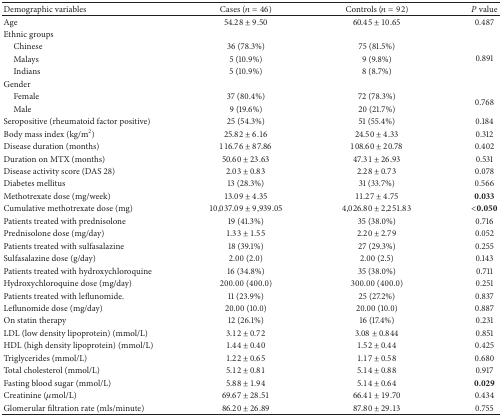
<table><thead><tr><td><b>Demographic variables</b></td><td><b>Cases (<i>n</i> = 46)</b></td><td><b>Controls (<i>n</i> = 92)</b></td><td><b><i>P</i> value</b></td></tr></thead><tbody><tr><td>Age</td><td>54.28 ± 9.50</td><td>60.45 ± 10.65</td><td>0.487</td></tr><tr><td>Ethnic groups</td><td> </td><td> </td><td> </td></tr><tr><td> Chinese</td><td>36 (78.3%)</td><td>75 (81.5%)</td><td rowspan="3">0.891</td></tr><tr><td> Malays</td><td>5 (10.9%)</td><td>9 (9.8%)</td></tr><tr><td> Indians</td><td>5 (10.9%)</td><td>8 (8.7%)</td></tr><tr><td>Gender</td><td> </td><td> </td><td> </td></tr><tr><td> Female</td><td>37 (80.4%)</td><td>72 (78.3%)</td><td rowspan="2">0.768</td></tr><tr><td> Male</td><td>9 (19.6%)</td><td>20 (21.7%)</td></tr><tr><td>Seropositive (rheumatoid factor positive)</td><td>25 (54.3%)</td><td>51 (55.4%)</td><td>0.184</td></tr><tr><td>Body mass index (kg/m<sup>2</sup>)</td><td>25.82 ± 6.16</td><td>24.50 ± 4.33</td><td>0.312</td></tr><tr><td>Disease duration (months)</td><td>116.76 ± 87.86</td><td>108.60 ± 20.78</td><td>0.402</td></tr><tr><td>Duration on MTX (months)</td><td>50.60 ± 23.63</td><td>47.31 ± 26.93</td><td>0.531</td></tr><tr><td>Disease activity score (DAS 28)</td><td>2.03 ± 0.83</td><td>2.28 ± 0.73</td><td>0.078</td></tr><tr><td>Diabetes mellitus</td><td>13 (28.3%)</td><td>31 (33.7%)</td><td>0.566</td></tr><tr><td>Methotrexate dose (mg/week)</td><td>13.09 ± 4.35</td><td>11.27 ± 4.75</td><td><b>0.033</b></td></tr><tr><td>Cumulative methotrexate dose (mg)</td><td>10,037.09 ± 9,939.05</td><td>4,026.80 ± 2,251.83</td><td><b>&lt;0.050</b></td></tr><tr><td>Patients treated with prednisolone</td><td>19 (41.3%)</td><td>35 (38.0%)</td><td>0.716</td></tr><tr><td>Prednisolone dose (mg/day)</td><td>1.33 ± 1.55</td><td>2.20 ± 2.79</td><td>0.052</td></tr><tr><td>Patients treated with sulfasalazine</td><td>18 (39.1%)</td><td>27 (29.3%)</td><td>0.255</td></tr><tr><td>Sulfasalazine dose (g/day)</td><td>2.00 (2.0)</td><td>2.00 (2.5)</td><td>0.143</td></tr><tr><td>Patients treated with hydroxychloroquine</td><td>16 (34.8%)</td><td>35 (38.0%)</td><td>0.711</td></tr><tr><td>Hydroxychloroquine dose (mg/day)</td><td>200.00 (400.0)</td><td>300.00 (400.0)</td><td>0.251</td></tr><tr><td>Patients treated with leflunomide.</td><td>11 (23.9%)</td><td>25 (27.2%)</td><td>0.837</td></tr><tr><td>Leflunomide dose (mg/day)</td><td>20.00 (10.0)</td><td>20.00 (10.0)</td><td>0.887</td></tr><tr><td>On statin therapy</td><td>12 (26.1%)</td><td>16 (17.4%)</td><td>0.231</td></tr><tr><td>LDL (low density lipoprotein) (mmol/L)</td><td>3.12 ± 0.72</td><td>3.08 ± 0.844</td><td>0.851</td></tr><tr><td>HDL (high density lipoprotein) (mmol/L)</td><td>1.44 ± 0.40</td><td>1.52 ± 0.44</td><td>0.425</td></tr><tr><td>Triglycerides (mmol/L)</td><td>1.22 ± 0.65</td><td>1.17 ± 0.58</td><td>0.680</td></tr><tr><td>Total cholesterol (mmol/L)</td><td>5.12 ± 0.81</td><td>5.14 ± 0.88</td><td>0.917</td></tr><tr><td>Fasting blood sugar (mmol/L)</td><td>5.88 ± 1.94</td><td>5.14 ± 0.64</td><td><b>0.029</b></td></tr><tr><td>Creatinine (<i>μ</i>mol/L)</td><td>69.67 ± 28.51</td><td>66.41 ± 19.70</td><td>0.434</td></tr><tr><td>Glomerular filtration rate (mls/minute)</td><td>86.20 ± 26.89</td><td>87.80 ± 29.13</td><td>0.755</td></tr></tbody></table>